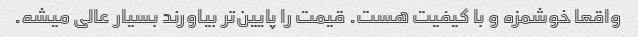
واقعا خوشمزه و با کیفیت هست. قیمت را پایین‌تر بیاورند بسیار عالی میشه.